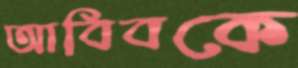
আবিবকে